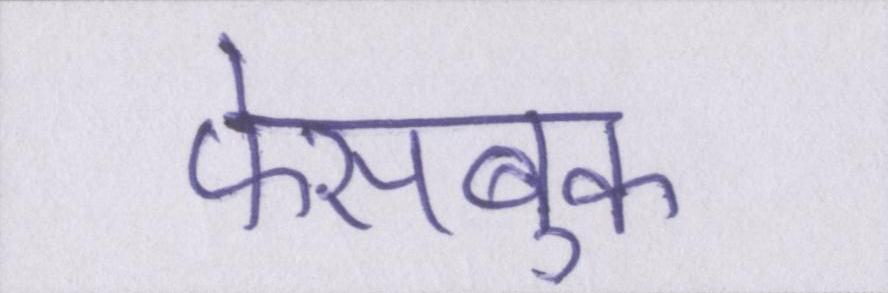
फेसबुक